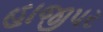
હાજીપર